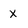
Character: x